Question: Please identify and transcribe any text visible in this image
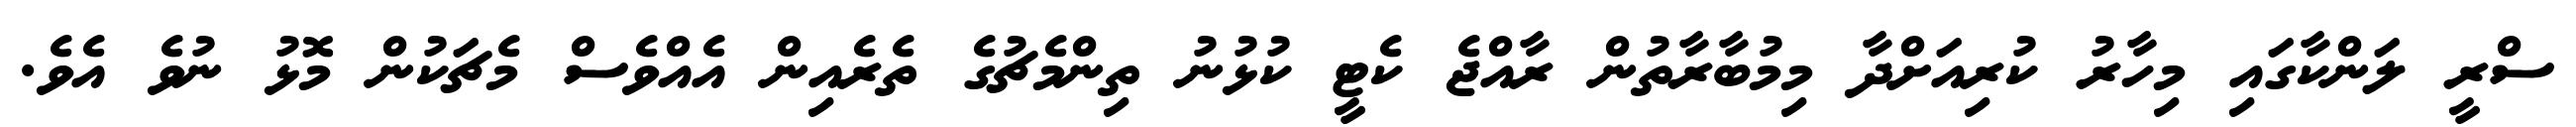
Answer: ސްރީ ލަންކާގައި މިހާރު ކުރިއަށްދާ މިމުބާރާތުން ރާއްޖެ ކެޓީ ކުޅުނު ތިންމެޗުގެ ތެރެއިން އެއްވެސް މެޗަކުން މޮޅު ނުވެ އެވެ.